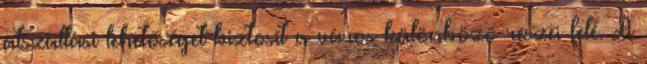
átszállási lehetőséget biztosít a város különböző részei felé. A